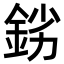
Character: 𨦒